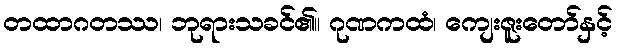
တထာဂတဿ၊ ဘုရားသခင်၏။ ဂုဏကထံ၊ ကျေးဇူးတော်နှင့်